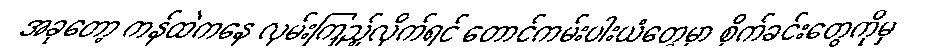
အခုတော့ ကန်ထဲကနေ လှမ်းကြည့်လိုက်ရင် တောင်ကမ်းပါးယံတွေမှာ စိုက်ခင်းတွေကိုမှ